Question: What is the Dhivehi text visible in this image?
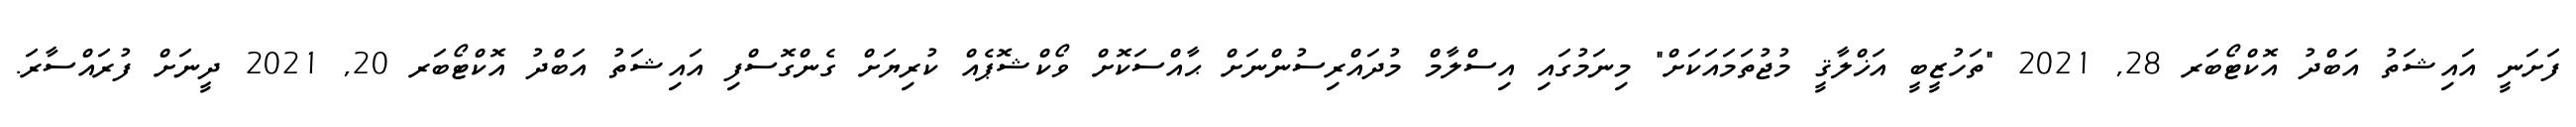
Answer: ފަށަނީ އައިޝަތު އަބްދު އޮކްޓޯބަރ 28, 2021 "ތަހުޒީބީ އަޚްލާޤީ މުޖުތަމައަކަށް" މިނަމުގައި އިސްލާމް މުދައްރިސުންނަށް ޙާއްސަކޮށް ވޯކްޝޮޕެއް ކުރިޔަށް ގެންގޮސްފި އައިޝަތު އަބްދު އޮކްޓޯބަރ 20, 2021 ދީނަށް ފުރައްސާރަ.